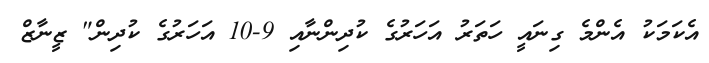
އެކަމަކު އެންމެ ގިނައީ ހަތަރު އަހަރުގެ ކުދިންނާއި 9-10 އަހަރުގެ ކުދިން" ޒީނާޒް